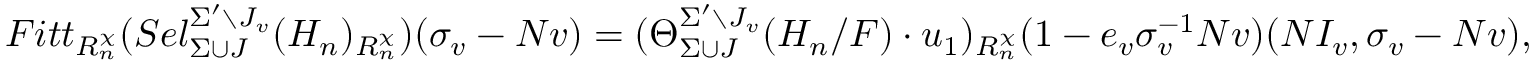
F i t t _ { R _ { n } ^ { \chi } } ( S e l _ { \Sigma \cup J } ^ { \Sigma ^ { \prime } \setminus J _ { v } } ( H _ { n } ) _ { R _ { n } ^ { \chi } } ) ( \sigma _ { v } - N v ) = ( \Theta _ { \Sigma \cup J } ^ { \Sigma ^ { \prime } \setminus J _ { v } } ( H _ { n } / F ) \cdot u _ { 1 } ) _ { R _ { n } ^ { \chi } } ( 1 - e _ { v } \sigma _ { v } ^ { - 1 } N v ) ( N I _ { v } , \sigma _ { v } - N v ) ,